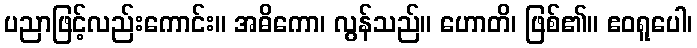
ပညာဖြင့်လည်းကောင်း။ အဓိကော၊ လွန်သည်။ ဟောတိ၊ ဖြစ်၏။ ဧဝရူပေါ၊